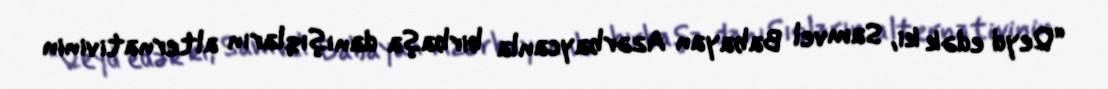
“Qeyd edək ki, Samvel Babayan Azərbaycanla birbaşa danışıqların alternativinin